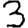
Digit: 3